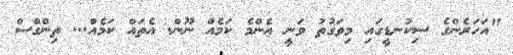
"އަހަރެންގެ ސިކުނޑީގައި މިވަގުތު ވަނީ އެންމެ ކަމެއް ނޫން. އެތައް ކަމެއް... ތިންގްސް